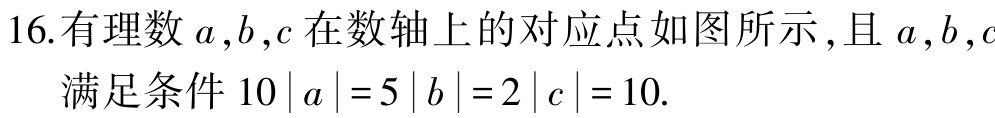
16.有理数\(a,b,c\)在数轴上的对应点如图所示,且\(a,b,c\)满足条件\(10|a| = 5|b| = 2|c| = 10\).